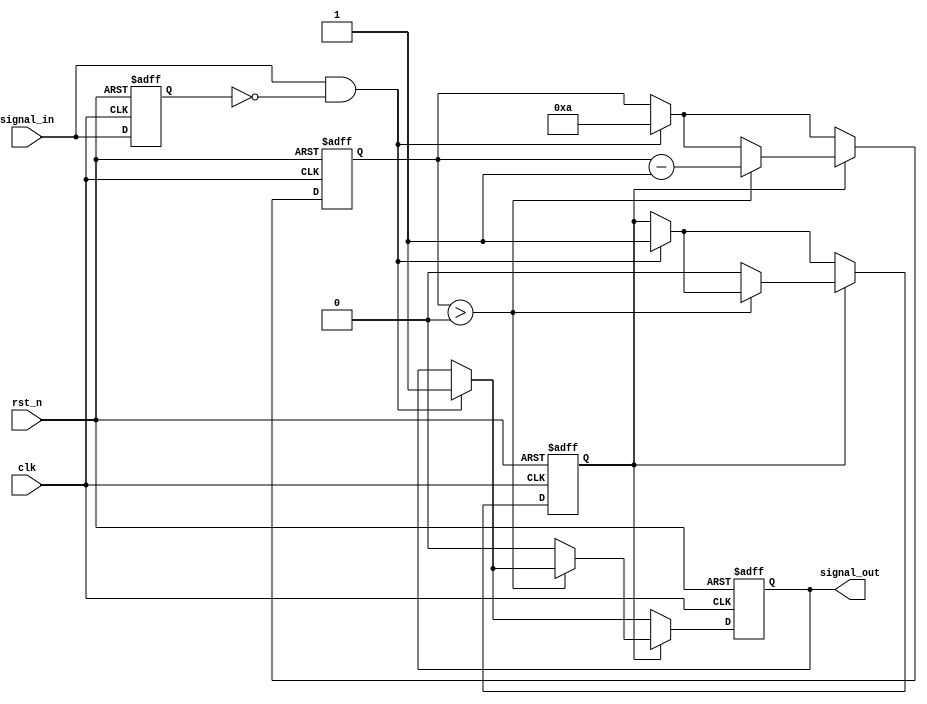
module monostable_edge_detector #(
    parameter PULSE_WIDTH = 10,  // Pulse width in clock cycles
    parameter EDGE_TYPE = 2'b01   // 00: None, 01: Rising, 10: Falling, 11: Both
)(
    input wire clk,               // System clock
    input wire rst_n,             // Active low reset
    input wire signal_in,         // Input signal
    output reg signal_out         // Output pulse
);

    // State storage
    reg signal_in_prev;

    // Pulse counter
    reg [3:0] pulse_counter; // Assuming PULSE_WIDTH < 16
    reg pulse_active;

    // Edge detection logic
    wire rising_edge = (signal_in && !signal_in_prev);
    wire falling_edge = (!signal_in && signal_in_prev);

    // Edge detection and pulse generation
    always @(posedge clk or negedge rst_n) begin
        if (!rst_n) begin
            signal_in_prev <= 1'b0;
            signal_out <= 1'b0;
            pulse_counter <= 4'b0;
            pulse_active <= 1'b0;
        end else begin
            // Store the previous state of the input signal
            signal_in_prev <= signal_in;

            // Check for edges based on the configured EDGE_TYPE
            if ((EDGE_TYPE == 2'b01 && rising_edge) || 
                (EDGE_TYPE == 2'b10 && falling_edge) || 
                (EDGE_TYPE == 2'b11 && (rising_edge || falling_edge))) begin
                // Start pulse generation
                signal_out <= 1'b1;
                pulse_counter <= PULSE_WIDTH; // Load pulse width
                pulse_active <= 1'b1;
            end

            // Pulse width timer
            if (pulse_active) begin
                if (pulse_counter > 0) begin
                    pulse_counter <= pulse_counter - 1;
                end else begin
                    signal_out <= 1'b0; // End pulse
                    pulse_active <= 1'b0;
                end
            end
        end
    end
endmodule